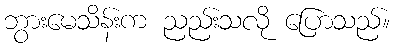
ဘွားမေသိန်းက ညည်းသလို ပြောသည်။